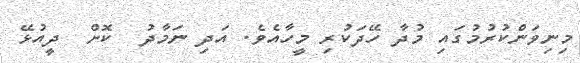
މިނިވަންކުރުމުގައި މުދާ ހޭދަކުރި މީހާއެވެ. އަދި ނަމާދު  ކޮށް  ދީއުޅޭ